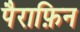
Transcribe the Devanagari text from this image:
पैराफ़िन